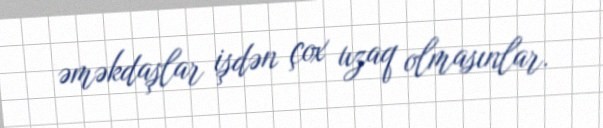
əməkdaşlar işdən çox uzaq olmasınlar.